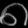
Digit: ၈